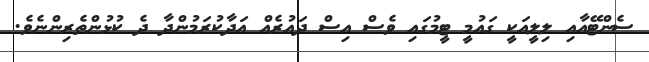
ސެންޓޭއާއި ލިލީއަކީ ގައުމީ ޓީމުގައި ވެސް އިސް ދައުރެއް އަދާކުރަމުންދާ ދެ ކުޅުންތެރިންނެވެ.